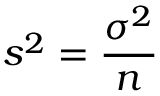
s ^ { 2 } = { \frac { \sigma ^ { 2 } } { n } }